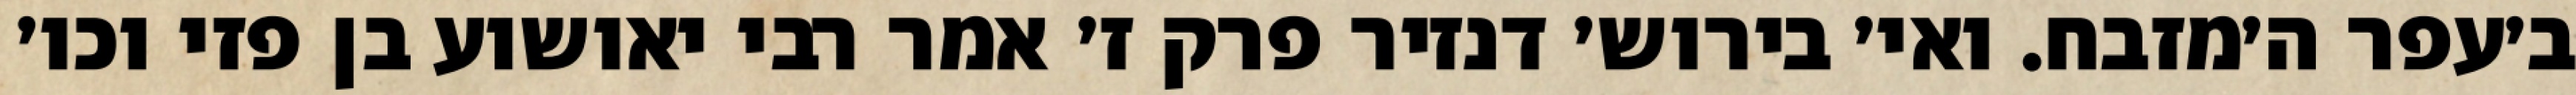
ב׳עפר ה׳מזבח. ואי׳ בירוש׳ דנזיר פרק ז׳ אמר רבי יאושוע בן פזי וכו׳